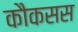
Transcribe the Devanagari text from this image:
कौकसस